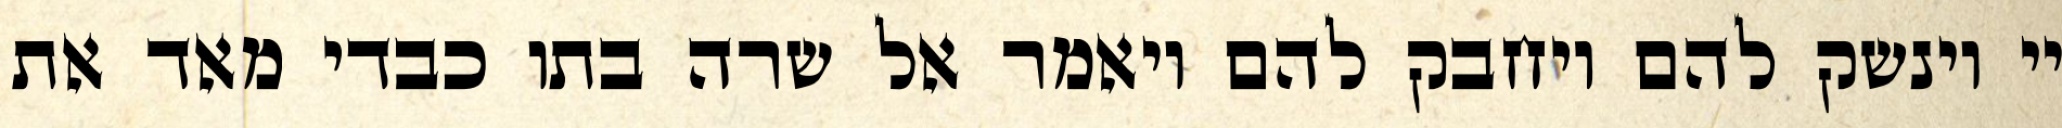
יי וינשק להם ויחבק להם ויאמר אל שרה בתו כבדי מאד את